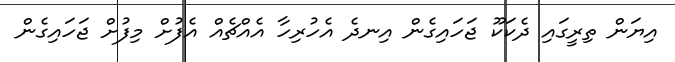
އިޔަން ތިރީގައި ދެކަކޫ ޖަހައިގެން އިނދެ އެހުރިހާ އެއްޗެއް އެފުށް މިފުށް ޖަހައިގެން